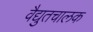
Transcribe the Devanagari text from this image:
वैद्युतचालक